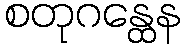
စတုဂန္ထေန